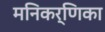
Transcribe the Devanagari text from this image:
मनिकर्णिका